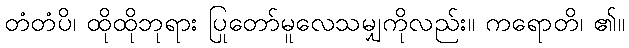
တံတံပိ၊ ထိုထိုဘုရား ပြုတော်မူလေသမျှကိုလည်း။ ကရောတိ၊ ၏။